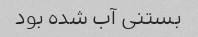
بستنی آب شده بود